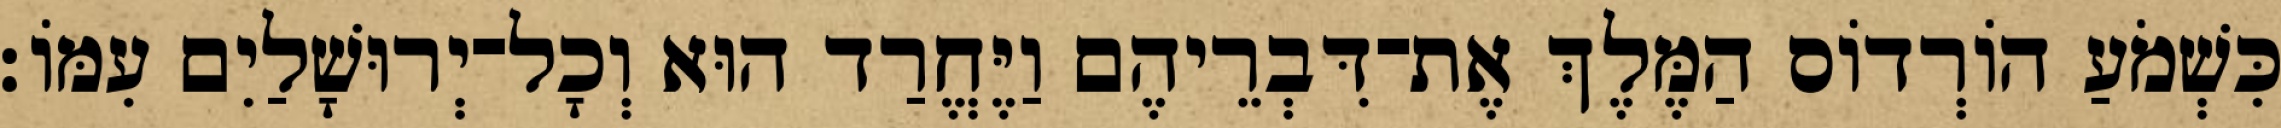
כִּשְׁמֹעַ הוֹרְדוֹס הַמֶּלֶךְ אֶת־דִּבְרֵיהֶם וַיֶּחֱרַד הוּא וְכָל־יְרוּשָׁלַיִם עִמּוֹ׃